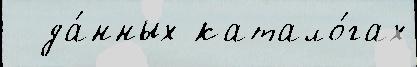
  да́нных катало́гах